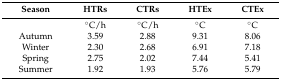
<table><thead><tr><td><b>Season</b></td><td><b>HTRs</b></td><td><b>CTRs</b></td><td><b>HTEx</b></td><td><b>CTEx</b></td></tr></thead><tbody><tr><td></td><td>°C/h</td><td>°C/h</td><td>°C</td><td>°C</td></tr><tr><td>Autumn</td><td>3.59</td><td>2.88</td><td>9.31</td><td>8.06</td></tr><tr><td>Winter</td><td>2.30</td><td>2.68</td><td>6.91</td><td>7.18</td></tr><tr><td>Spring</td><td>2.75</td><td>2.02</td><td>7.44</td><td>5.41</td></tr><tr><td>Summer</td><td>1.92</td><td>1.93</td><td>5.76</td><td>5.79</td></tr></tbody></table>